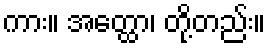
ကား။ အတ္ထော၊ တို့တည်း။